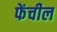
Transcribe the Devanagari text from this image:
फेंचील